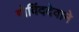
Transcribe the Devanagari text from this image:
गोविंददेवाने